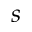
s